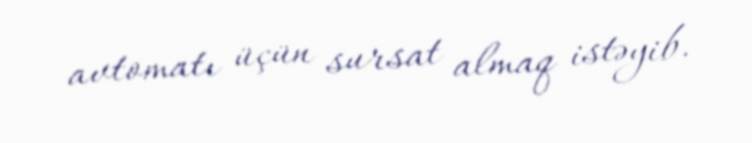
avtomatı üçün sursat almaq istəyib.